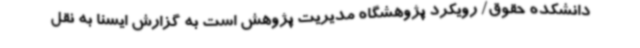
دانشکده حقوق/ رویکرد پژوهشگاه مدیریت پژوهش است به گزارش ایسنا به نقل